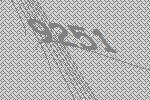
9251